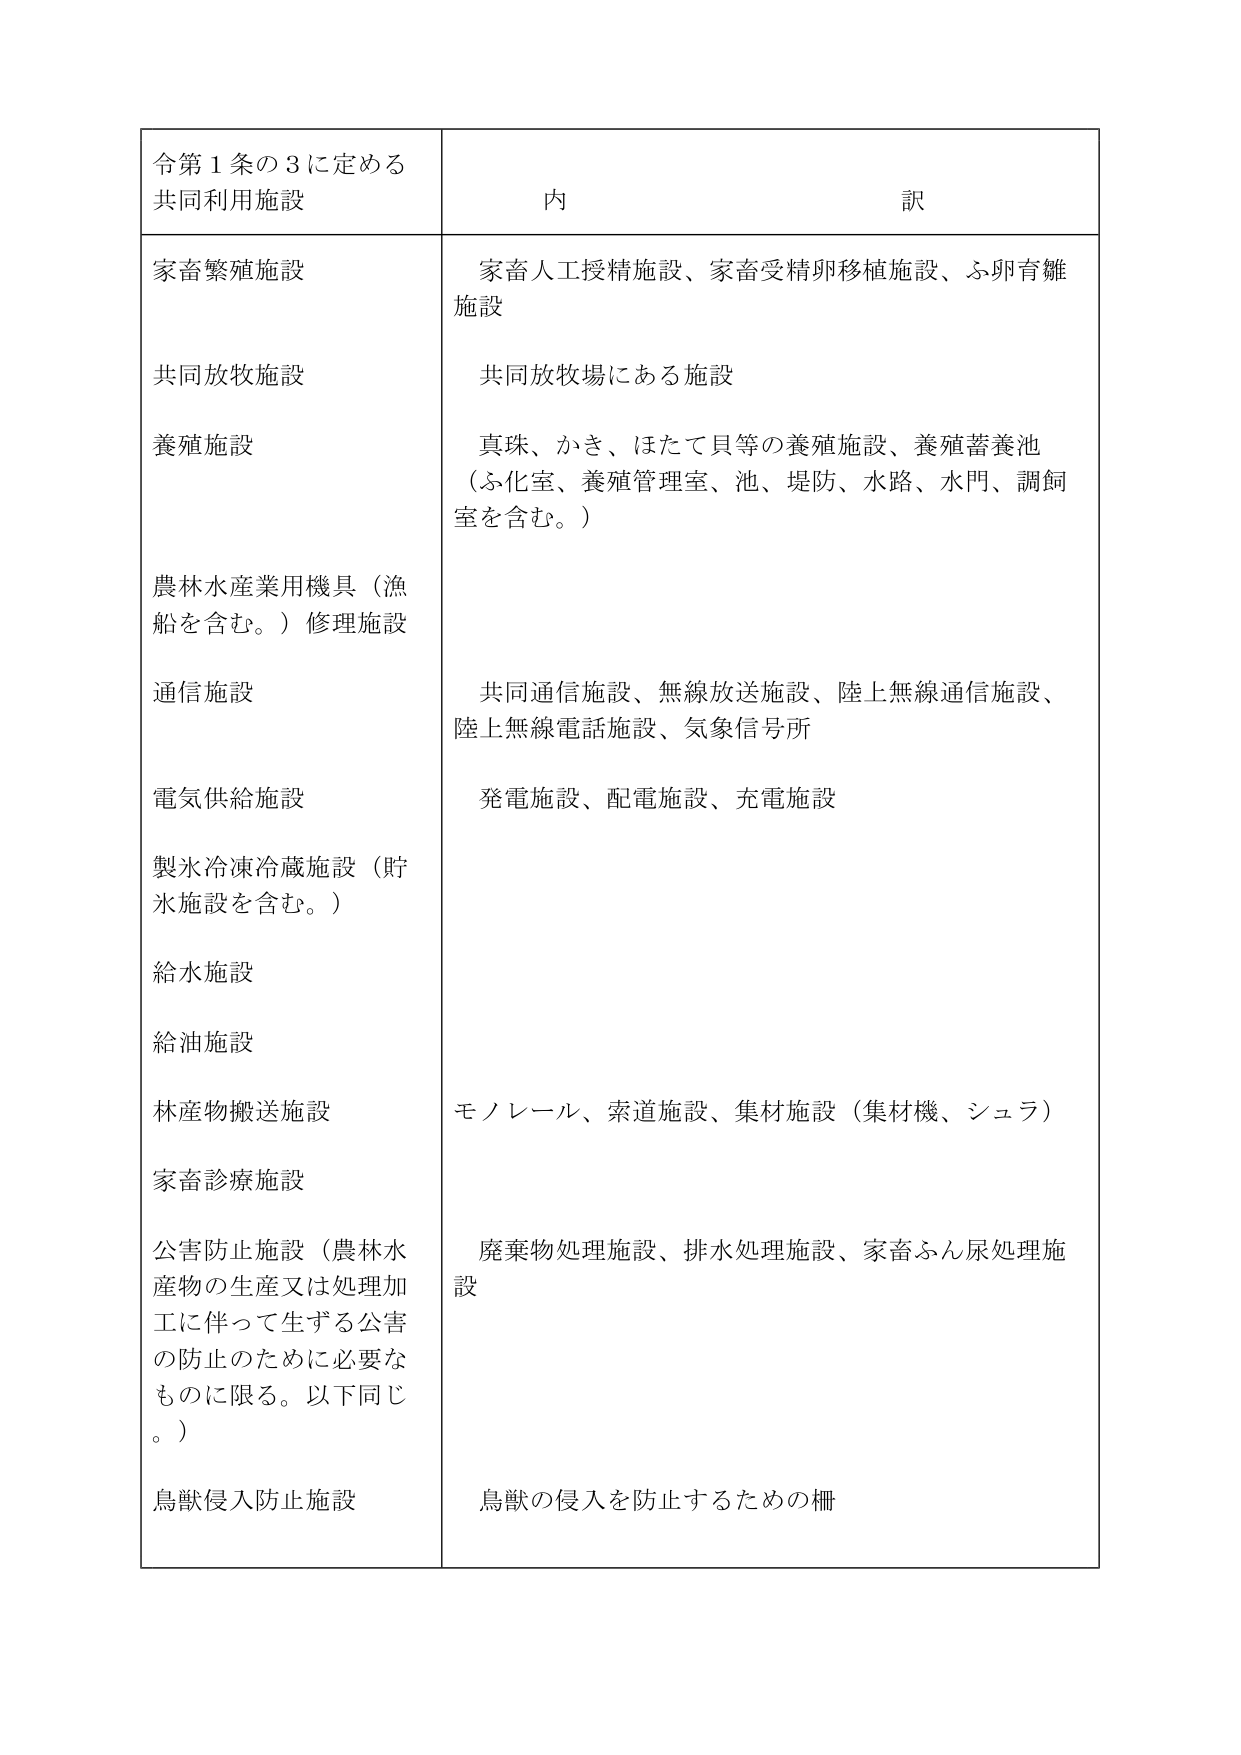
令第１条の３に定める
共同利用施設

内 訳

家畜繁殖施設
家畜人工授精施設、家畜受精卵移植施設、ふ卵育雛施設

共同放牧施設
共同放牧場にある施設

養殖施設
真珠、かき、ほたて貝等の養殖施設、養殖蓄養池（ふ化室、養殖管理室、池、堤防、水路、水門、調飼室を含む。）

農林水産業用機具（漁船を含む。）修理施設

通信施設
共同通信施設、無線放送施設、陸上無線通信施設、陸上無線電話施設、気象信号所

電気供給施設
発電施設、配電施設、充電施設

製氷冷凍冷蔵施設（貯氷施設を含む。）

給水施設

給油施設

林産物搬送施設
モノレール、索道施設、集材施設（集材機、シュラ）

家畜診療施設

公害防止施設（農林水産物の生産又は処理加工に伴って生ずる公害の防止のために必要なものに限る。以下同じ。）
廃棄物処理施設、排水処理施設、家畜ふん尿処理施設

鳥獣侵入防止施設
鳥獣の侵入を防止するための柵